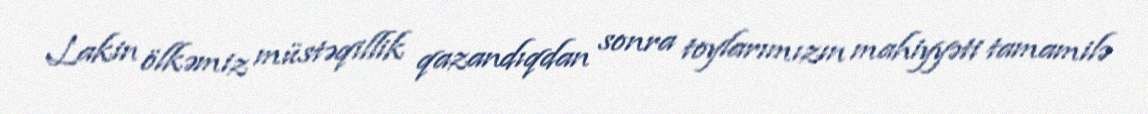
Lakin ölkəmiz müstəqillik qazandıqdan sonra toylarımızın mahiyyəti tamamilə